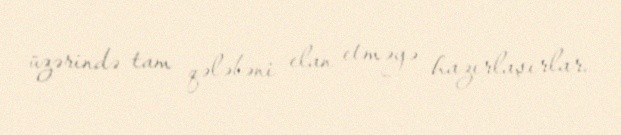
üzərində tam qələbəni elan etməyə hazırlaşırlar.